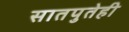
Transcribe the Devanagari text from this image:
सातपुतेही